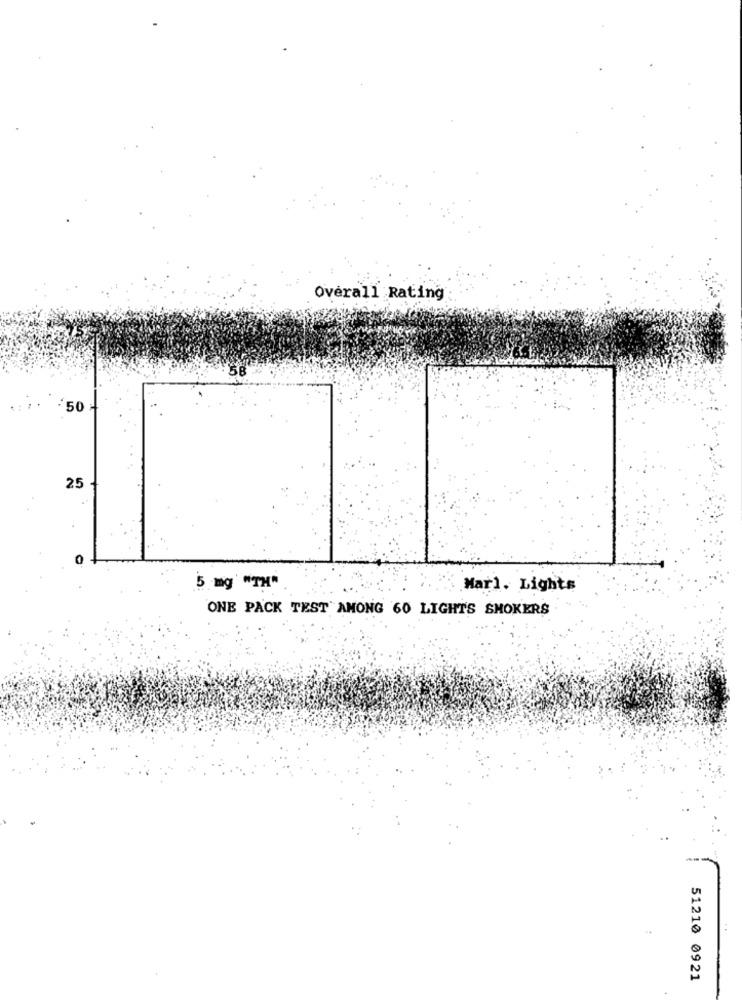
Overall Rating
/50
25
5 mg *TH"
Mar1. Lights
ONE PACK TEST AMONG 60 LIGHTS SMOKERS
51210 0921